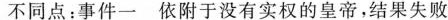
不同点：事件一依附于没有实权的皇帝，结果失败